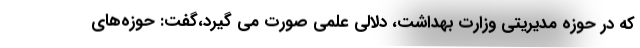
که در حوزه مدیریتی وزارت بهداشت، دلالی علمی صورت می گیرد،گفت: حوزه‌های